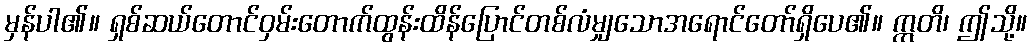
မှန်ပါ၏။ ရှစ်ဆယ်တောင်ဝှမ်းတောက်ထွန်းထိန်ပြောင်တစ်လံမျှသောအရောင်တော်ရှိပေ၏။ ဣတိ၊ ဤသို့။